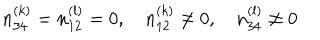
LaTeX: n _ { 3 4 } ^ { ( k ) } = n _ { 1 2 } ^ { ( l ) } = 0 , \quad n _ { 1 2 } ^ { ( k ) } \ne 0 , \quad n _ { 3 4 } ^ { ( l ) } \ne 0